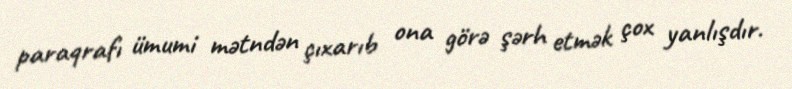
paraqrafı ümumi mətndən çıxarıb ona görə şərh etmək çox yanlışdır.